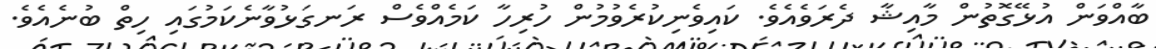
ބާއްވަން އުޅޭގޮތުން މާއިޝާ ދެރަވެއެވެ. ކައިވެނިކުރެވުމުން ހުރިހާ ކަމެއްވެސް ރަނގަޅުވާނެކަމުގައި ހިތް ބުނެއެވެ.